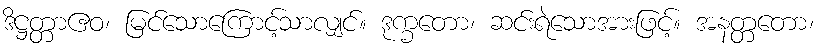
ဒိဋ္ဌတ္တာဧဝ၊ မြင်သောကြောင့်သာလျှင်။ ဒုက္ခတော၊ ဆင်းရဲသောအားဖြင့်။ အနတ္တတော၊